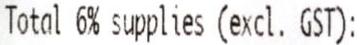
TOTAL 6% SUPPLIES (EXCL. GST):